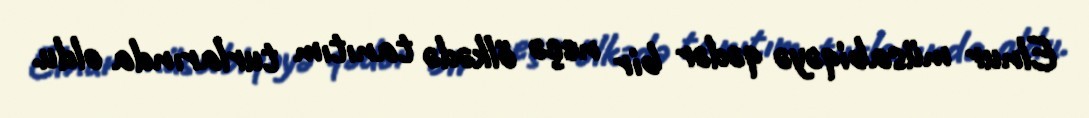
Elnur müsabiqəyə qədər bir neçə ölkədə tanıtım turlarında oldu.